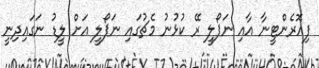
ފިއޮރެންޓީނާ އާއި ނަޕޯލީ ރޭ ކުޅުނު މެޗުގައި ނަޕޯލީ އަށް ލީޑު ނަގައިދިނީ